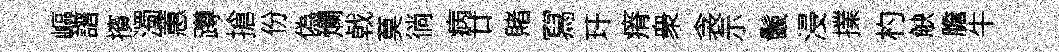
嶇譜擯濁蕙蹲搶份偽爛㦸莫徜病廿賭冩玕瘠衆衾示鬛浸擈杓觖膽牛